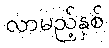
လာမည့်နှစ်